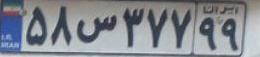
۵۸س۳۷۷۹۹